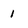
Character: 1